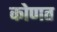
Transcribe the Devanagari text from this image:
कोणत